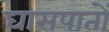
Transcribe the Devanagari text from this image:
घासपातों